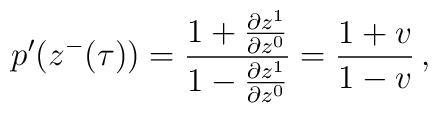
p'(z^{-}(\tau) ) = \frac{1+\frac{\partial z^{1}}{\partial z^{0}}}{1-\frac{\partial z^{1}}{\partial z^{0}}} =\frac{1+v}{1-v} \,,